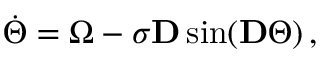
\begin{array} { r } { \Dot { \Theta } = \Omega - \sigma \mathbf { D } \sin ( \mathbf { D } \Theta ) \, , } \end{array}